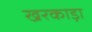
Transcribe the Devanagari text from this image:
खरकाड़ा